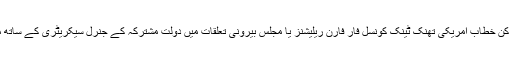
عمران خان کا متاثر کن خطاب امریکی تھنک ٹینک کونسل فار فارن ریلیشنز یا مجلس بیرونی تعلقات میں دولت مشترکہ کے جنرل سیکریٹری کے ساتھ مشترکہ طور پر ہوا۔